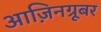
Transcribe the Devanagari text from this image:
आज़िनग्रूबर